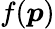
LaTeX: f(\boldsymbol p)